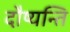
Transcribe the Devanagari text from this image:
दौष्यन्ति